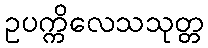
ဥပက္ကိလေသသုတ္တ